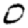
Digit: 0